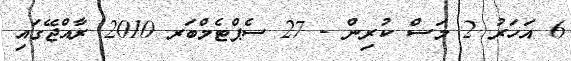
6 އަހަރު 2 މަސް ކުރިން - 27 ސެޕްޓެމްބަރ 2010 ރާއްޖޭގައި